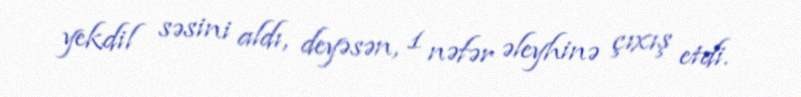
yekdil səsini aldı, deyəsən, 1 nəfər əleyhinə çıxış etdi.